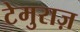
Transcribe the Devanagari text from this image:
टेमुराज़